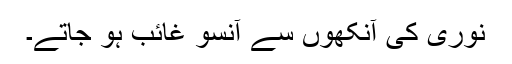
نوری کی آنکھوں سے آنسو غائب ہو جاتے۔